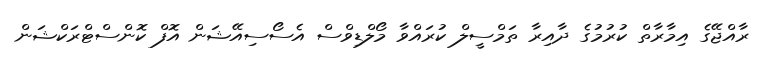
ރާއްޖޭގެ އިމާރާތް ކުރުމުގެ ދާއިރާ ތަމްސީލް ކުރައްވާ މޯލްޑިވްސް އެސޯސިއޭޝަން އޮފް ކޮންސްޓްރަކްޝަން